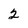
Character: 2